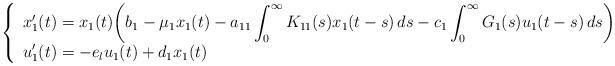
LaTeX: \begin{align*}\left\{\begin{array}{ll}\displaystyle{x_1'(t)=x_1(t)\biggl(b_1-\mu_1 x_1(t)-a_{11}\int_0^{\infty}K_{11}(s)x_1(t-s)\, ds-c_1 \int_0^\infty G_1(s)u_1(t-s)\, ds\biggr)} \\\displaystyle{u_1'(t)=-e_l u_1(t)+d_1 x_1(t)}\end{array}\right. \end{align*}